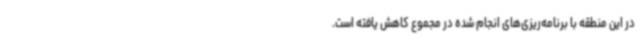
در این منطقه با برنامه‌ریزی‌های انجام شده در مجموع کاهش یافته است.